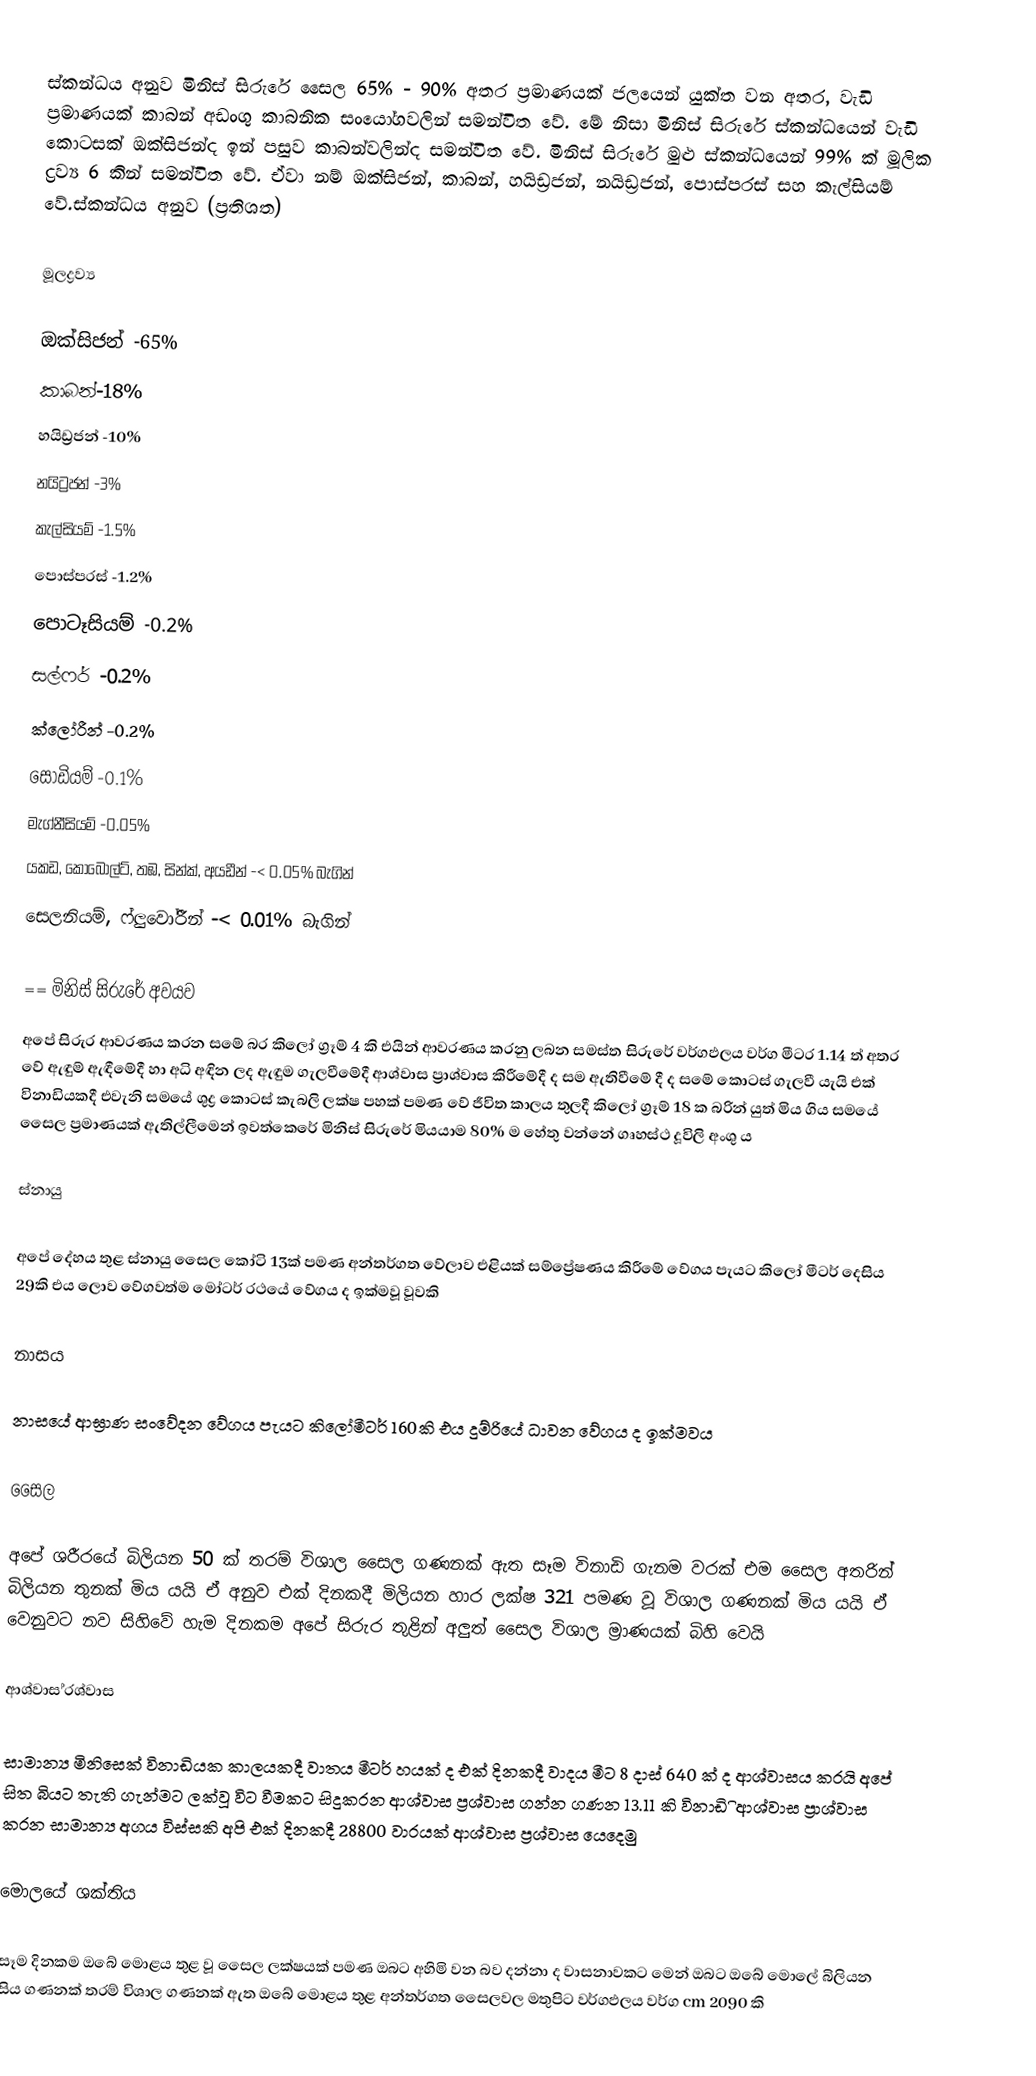
ස්කන්ධය අනුව මිනිස් සිරුරේ සෛල 65% - 90% අතර ප්‍රමාණයක් ජලයෙන් යුක්ත වන අතර, වැඩි ප්‍රමාණයක් කාබන් අඩංගු කාබනික සංයෝගවලින් සමන්විත වේ. මේ නිසා මිනිස් සිරුරේ ස්කන්ධයෙන් වැඩි කොටසක් ඔක්සිජන්ද ඉන් පසුව කාබන්වලින්ද සමන්විත වේ. මිනිස් සිරුරේ මුළු ස්කන්ධයෙන් 99% ක් මූලික ද්‍රව්‍ය 6 කින් සමන්විත වේ. ඒවා නම් ඔක්සිජන්, කාබන්, හයිඩ්‍රජන්, නයිඩ්‍රජන්, පොස්පරස් සහ කැල්සියම් වේ.ස්කන්ධය අනුව (ප්‍රතිශත)

මූලද්‍රව්‍ය

ඔක්සිජන්	-65%
කාබන්-18%
හයිඩ්‍රජන්	-10%
නයිට්‍රජන්	-3%
කැල්සියම්	-1.5%
පොස්පරස් -1.2%
පොටෑසියම් -0.2%
සල්ෆර් -0.2%
ක්ලෝරීන්	-0.2%
සෝඩියම්	-0.1%
මැග්නීසියම් -0.05%
යකඩ, කෝබෝල්ට්, තඹ, සින්ක්, අයඩීන් -< 0.05% බැගින්
සෙලනියම්, ෆ්ලුවෝරීන් -< 0.01% බැගින්

== මිනිස් සිරුරේ අවයව
අපේ සිරුර ආවරණය කරන සමේ බර කිලෝ ග්‍රෑම් 4 කි එයින් ආවරණය කරනු ලබන සමස්ත සිරුරේ වර්ගඵලය වර්ග මීටර 1.14 ත් අතර වේ ඇඳුම් ඇඳීමේදී හා අධි අඳින ලද ඇඳුම ගැලවීමේදී ආශ්වාස ප්‍රාශ්වාස කිරීමේදී ද සම ඇතිවීමේ දී ද සමේ කොටස් ගැලවී යැයි එක් විනාඩියකදී එවැනි සමයේ ශුද්‍ර කොටස් කැබලි ලක්ෂ පහක් පමණ වේ ජීවිත කාලය තුලදී කිලෝ ග්‍රෑම් 18 ක බරින් යුත් මිය ගිය සමයේ සෛල ප්‍රමාණයක් ඇතිල්ලීමෙන් ඉවත්කෙරේ මිනිස් සිරුරේ මියයාම 80% ම හේතු වන්නේ  ගෘහස්ථ දූවිලි අංශු ය

ස්නායු

අපේ දේහය තුළ ස්නායු සෛල කෝටි 13ක් පමණ අන්තර්ගත වේලාව එළියක් සම්ප්‍රේෂණය කිරීමේ වේගය පැයට කිලෝ මීටර් දෙසිය 29කි එය ලොව වේගවත්ම මෝටර් රථයේ වේගය ද ඉක්මවූ වූවකි

නාසය

නාසයේ ආඝ්‍රාණ සංවේදන වේගය පැයට කිලෝමීටර් 160කි එය දුම්රියේ ධාවන වේගය ද ඉක්මවය

 සෛල

අපේ ශරීරයේ බිලියන 50 ක් තරම් විශාල සෛල ගණනක් ඇත සෑම විනාඩි ගැනම වරක් එම සෛල අතරින් බිලියන තුනක් මිය යයි ඒ අනුව එක් දිනකදී මිලියන හාර ලක්ෂ 321 පමණ වූ විශාල ගණනක්  මිය යයි ඒ වෙනුවට නව සිහිවේ හැම දිනකම අපේ සිරුර තුළින් අලුත් සෛල විශාල ්‍රමාණයක් බිහි වෙයි

ආශ්වාස ්‍රශ්වාස

සාමාන්‍ය මිනිසෙක් විනාඩියක කාලයකදී වාතය මීටර් හයක් ද එක් දිනකදී වාදය මීට 8 දාස් 640 ක් ද ආශ්වාසය කරයි අපේ සිත බියට තැති ගැන්මට ලක්වූ විට වීමකට සිදුකරන ආශ්වාස ප්‍රශ්වාස ගන්න ගණන 13.11 කි විනාඩි ි ආශ්වාස ප්‍රාශ්වාස කරන සාමාන්‍ය අගය විස්සකි අපි එක් දිනකදී 28800  වාරයක් ආශ්වාස ප්‍රශ්වාස යෙදෙමු

මොලයේ ශක්තිය

සෑම දිනකම ඔබේ මොළය තුළ වූ සෛල ලක්ෂයක් පමණ ඔබට අහිමි වන බව දන්නා ද වාසනාවකට මෙන් ඔබට ඔබේ මොලේ බිලියන සිය ගණනක් තරම් විශාල ගණනක් ඇත ඔබේ මොළය තුළ අන්තර්ගත සෛලවල මතුපිට වර්ගඵලය වර්ග cm 2090 කි